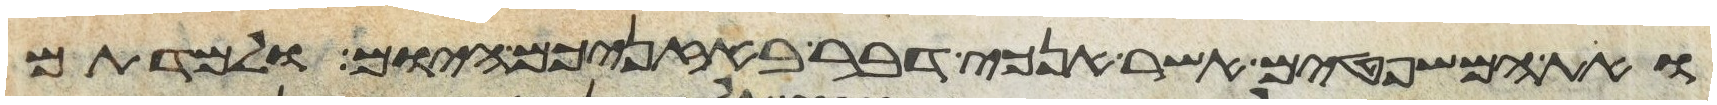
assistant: ואת המשפטים אשר אנכי דבר באזניכם היום ולמדתם